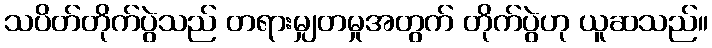
သပိတ်တိုက်ပွဲသည် တရားမျှတမှုအတွက် တိုက်ပွဲဟု ယူဆသည်။